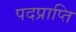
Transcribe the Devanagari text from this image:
पदप्राप्ति